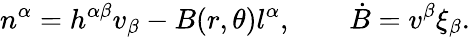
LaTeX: n^{\alpha}=h^{\alpha\beta}v_{\beta}-B(r,\theta)l^{\alpha},\qquad\dot{B}=v^{\beta}\xi_{\beta}.